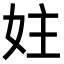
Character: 妵